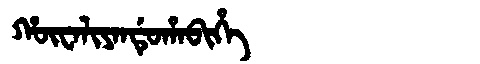
Manchu: ᡥᡡᠸᠠᠯᡳᠶᠠᠨᡩᡠᡥᠠᠪᡳᡥᡝ
Romanization: HŪWALIYANDUHABIHE